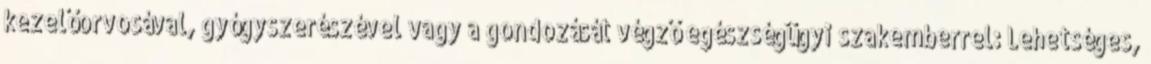
kezelőorvosával, gyógyszerészével vagy a gondozását végző egészségügyi szakemberrel: Lehetséges,